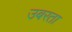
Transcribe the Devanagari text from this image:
उबरता